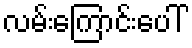
လမ်းကြောင်းပေါ်